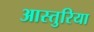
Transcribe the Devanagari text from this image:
आस्तुरिया